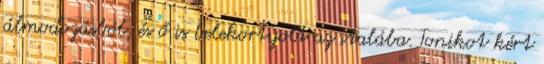
álmodozásból, és ő is belekortyolt az italába. Tonikot kért